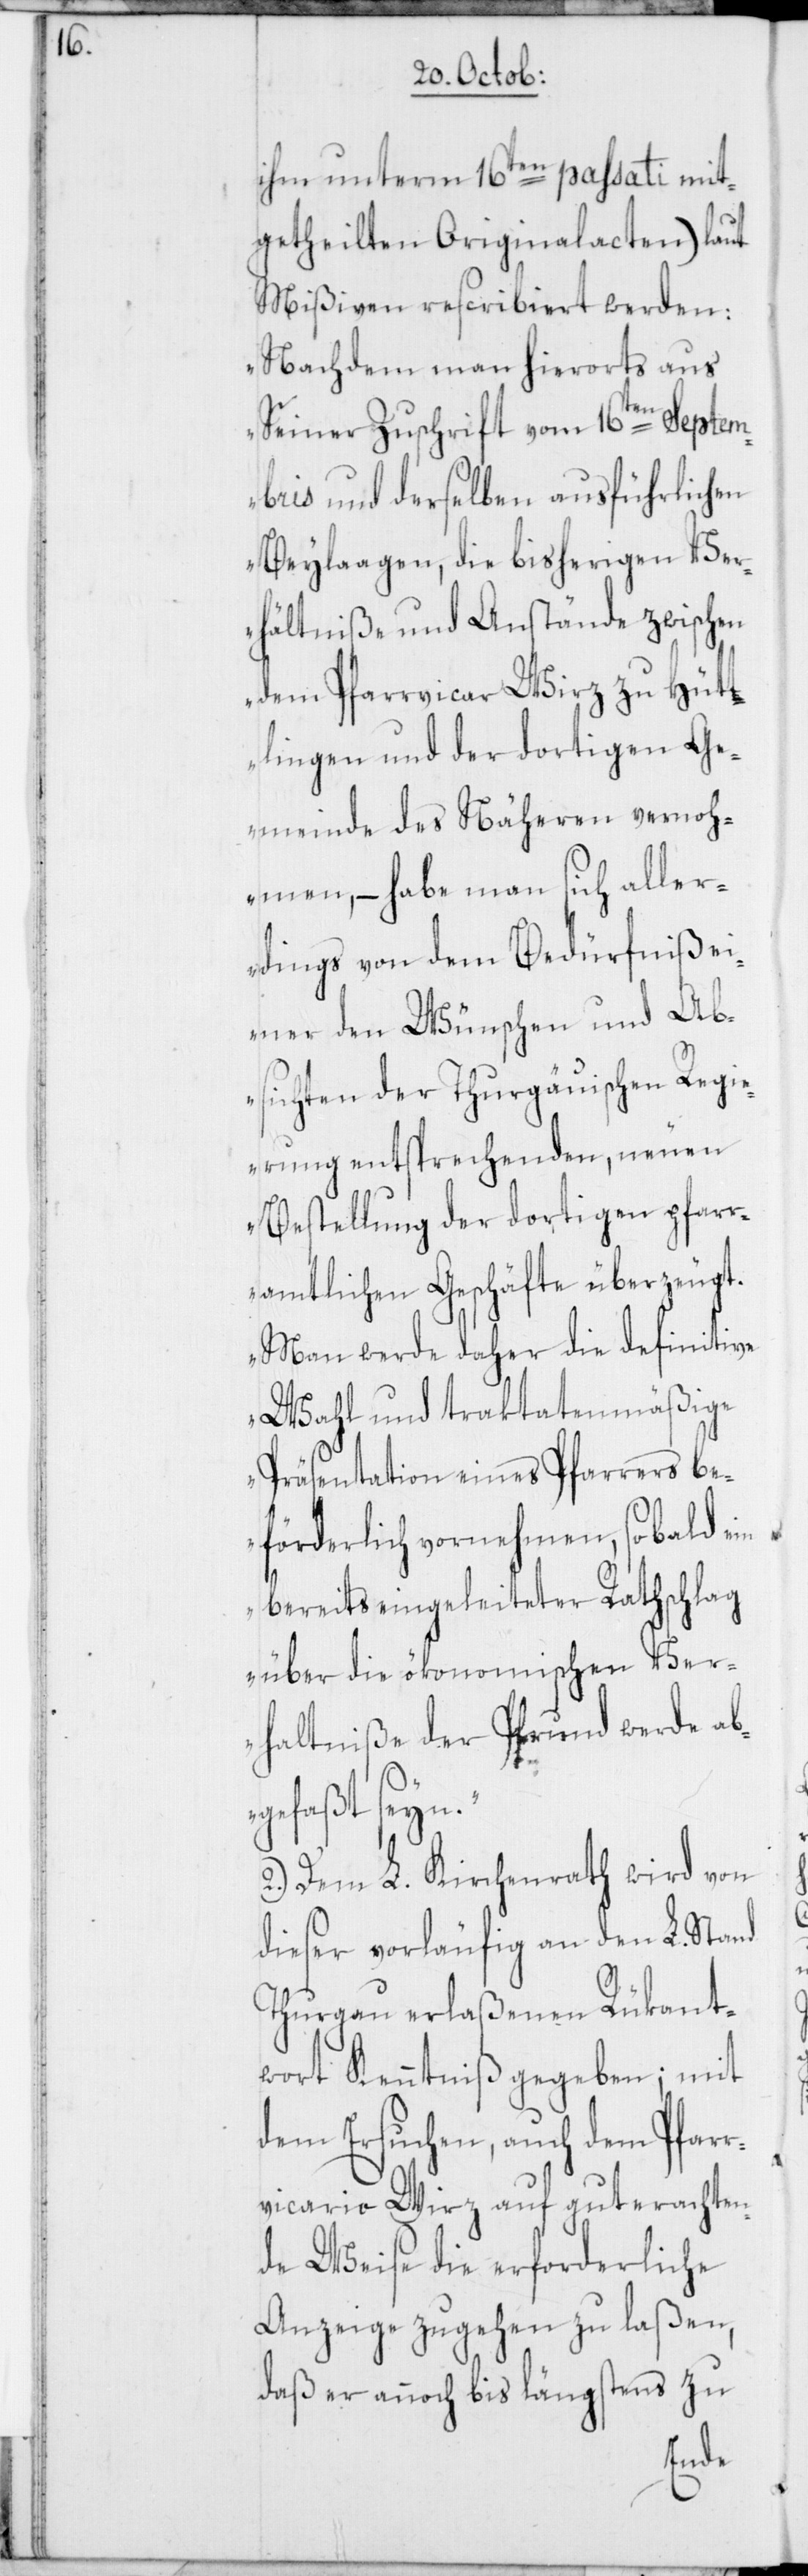
ihm unterm 16ten passati mit¬
getheilten Originalacten) laut
Mißiven rescribiert werden:
„Nachdem man hierorts aus
Seiner Zuschrift vom 16ten Septem¬
bris und derselben ausführlichen
Beylaagen, die bisherigen Ve¬
rhältniße und Anstände zwischen
dem Pfarrvicar Wirz zu Hüt¬
tlingen und der dortigen Ge¬
meinde des Näheren vernoh¬
men, – habe man sich aller¬
dings von dem Bedürfniß ei¬
ner den Wünschen und Ab¬
sichten der Thurgäuischen Regi¬
erung entsprechenden, neuen
Bestellung der dortigen pfar¬
ramtlichen Geschäfte überzeugt.
Man werde daher die definitive
Wahl und traktatenmäßige
Präsentation eines Pfarrers be¬
förderlich vornehmen, sobald ein
bereits eingeleiteter Rathschlag
über die ökonomischen Ver¬
hältniße der Pfrund werde ab¬
gefaßt sein.“
2.) Dem L. Kirchenrath wird von
dieser vorläufig an den L. Stand
Thurgau erlaßenen Rükant¬
wort Kenntniß gegeben; mit
dem Ersuchen, auch dem Pfarr¬
vicario Wirz auf guterachten¬
de Weise die erforderliche
Anzeige zugehen zu laßen,
daß er annoch bis längstens zu